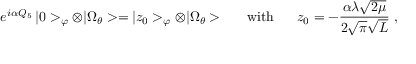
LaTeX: e ^ { i \alpha Q _ { 5 } } \, | 0 > _ { \varphi } \otimes | \Omega _ { \theta } > = | z _ { 0 } > _ { \varphi } \otimes | \Omega _ { \theta } > \ \ \ \ \ \mathrm { w i t h } \ \ \ \ \ z _ { 0 } = - \frac { \alpha \lambda \sqrt { 2 \mu } } { 2 \sqrt { \pi } \sqrt { L } } \ ,